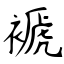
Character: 褫